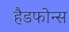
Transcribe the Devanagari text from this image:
हैडफोन्स